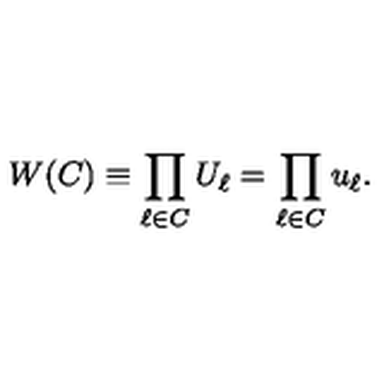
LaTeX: W ( C ) \equiv \prod _ { \ell \in C } U _ { \ell } = \prod _ { \ell \in C } u _ { \ell } .